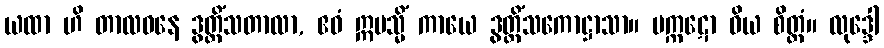
ယထာ ဟိ တာလဝနေ ဒွတ္တိံသတာလာ, ဧဝံ ဣမသ္မိံ ကာယေ ဒွတ္တိံသကောဋ္ဌာသာ။ မက္ကဋော ဝိယ စိတ္တံ။ လုဒ္ဒေါ